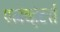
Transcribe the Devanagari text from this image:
एलेव्हेटर्स